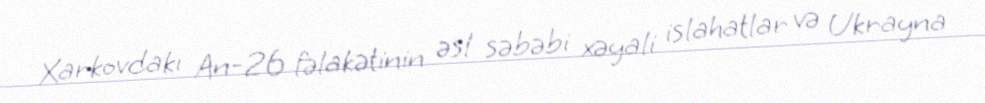
Xarkovdakı An-26 fəlakətinin əsl səbəbi xəyali islahatlar və Ukrayna